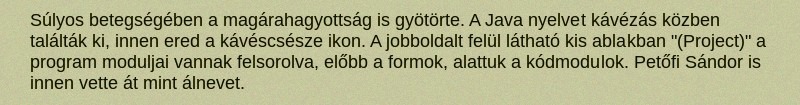
Súlyos betegségében a magárahagyottság is gyötörte. A Java nyelvet kávézás közben találták ki, innen ered a kávéscsésze ikon. A jobboldalt felül látható kis ablakban "(Project)" a program moduljai vannak felsorolva, előbb a formok, alattuk a kódmodulok. Petőfi Sándor is innen vette át mint álnevet.